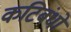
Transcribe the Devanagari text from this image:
कटिबंधो